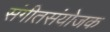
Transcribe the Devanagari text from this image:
संगीतसंयोजक